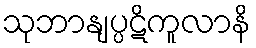
သုဘာနျပ္ပဋိကူလာနိ